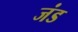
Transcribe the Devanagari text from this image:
जंड